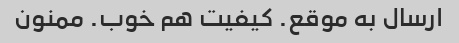
ارسال به موقع. کیفیت هم خوب. ممنون